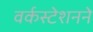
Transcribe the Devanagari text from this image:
वर्कस्टेशनने